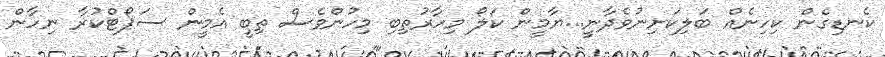
ކެނޑިގެން ކިހިނެއް ބަލިކަށިނުވެދާނީ...ޔާމީން ކަލޯ މިހާރުތިބި މިހުންވެސް ތިބީ އެމީން ސަޕޯޓްކުރާ ނިހާން